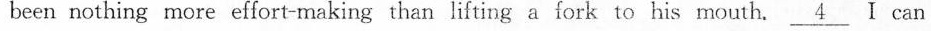
been nothing more effort-making than lifting a fork to his mouth. \underline{4} I can